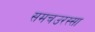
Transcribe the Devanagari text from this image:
समचउरस्सा